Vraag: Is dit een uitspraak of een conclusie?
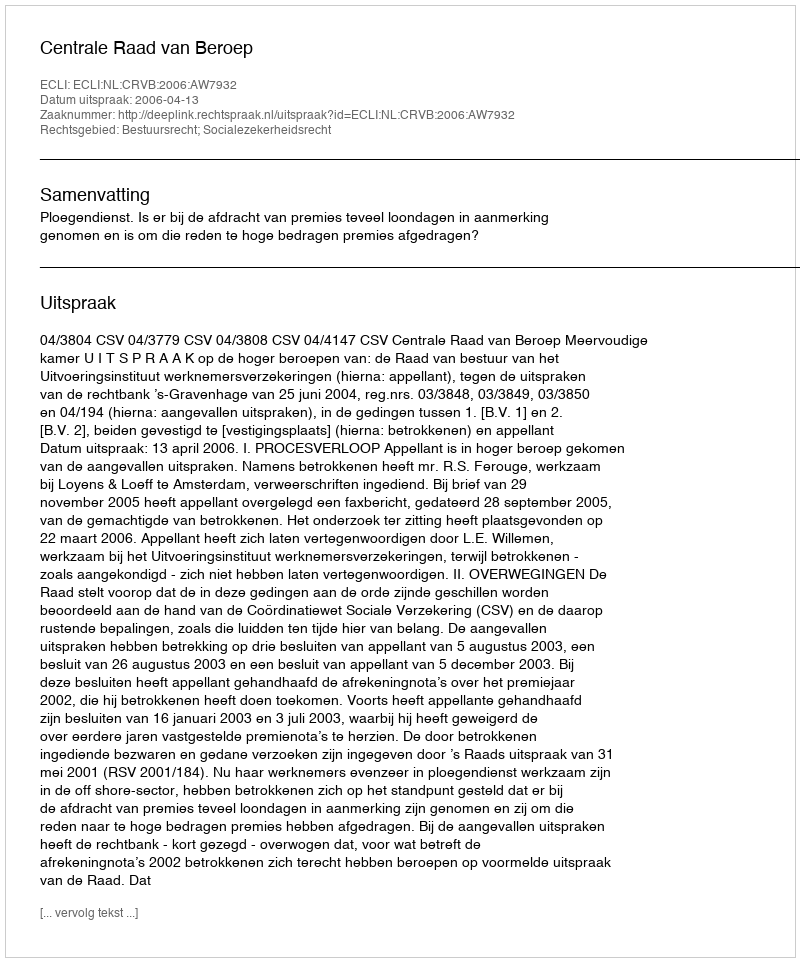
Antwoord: Uitspraak